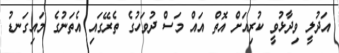
އަދުލީ ވިދާޅުވީ ކުރިއަށް އޮތް އައް މަސް ދުވަހުގެ ތެރޭގައި އެތަނުގެ މައިގަނޑު